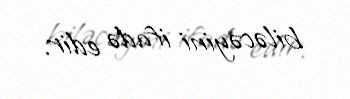
biləcəyini ifadə edir.